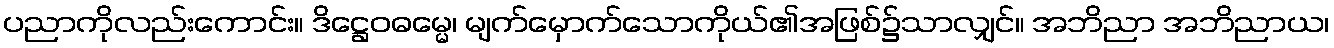
ပညာကိုလည်းကောင်း။ ဒိဋ္ဌေဝဓမ္မေ၊ မျက်မှောက်သောကိုယ်၏အဖြစ်၌သာလျှင်။ အဘိညာ အဘိညာယ၊